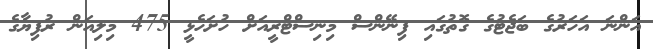
އަންނަ އަހަރުގެ ބަޖެޓުގެ ގޮތުގައި ފިނޭންސް މިނިސްޓްރީއަށް ހުށަހެޅީ 475 މިލިއަން ރުފިޔާގެ